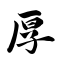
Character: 厚